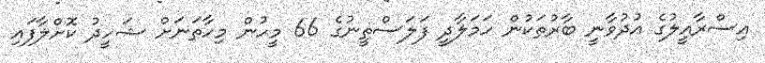
އިސްރާއީލުގެ އުދުވާނީ ބާރުތަކުން ހަމަލާދީ ފަލަސްތީނުގެ 66 މީހުން މިހާތަނަށް ޝަހީދު ކޮށްލާފައި